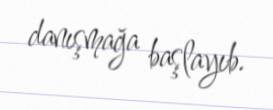
danışmağa başlayıb.